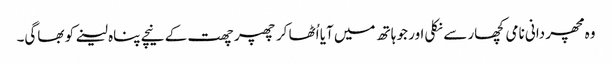
وہ مچھر دانی نامی کچھار سے نکلی اور جو ہاتھ میں آیا اُٹھا کر چھپر چھت کے نیچے پناہ لینے کو بھاگی۔